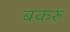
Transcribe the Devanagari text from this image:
बकरु